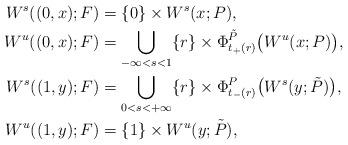
LaTeX: \begin{align*}W^s((0,x);F) &= \{0\} \times W^s(x;P),\\W^u((0,x);F) &= \bigcup_{-\infty<s<1} \{r\} \times \Phi^{\tilde P}_{t_+(r)} \big (W^u(x;P)\big ),\\W^s((1,y);F) &= \bigcup_{0<s<+\infty} \{r\} \times \Phi^{P}_{t_-(r)} \big (W^s(y;\tilde P)\big ),\\W^u((1,y);F) &= \{1\}\times W^u(y;\tilde P),\end{align*}